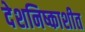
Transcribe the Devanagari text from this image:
देशनिष्काशीत